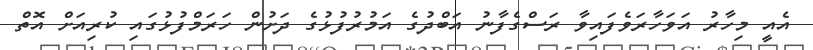
އެއީ މިހާރު އަވަހާރަވެފައިވާ ރަސްގެފާނު އަބްދުގެ އަމުރުފުޅުގެ ދަށުން ހަރަމްފުޅުގައި ކުރިއަށް އޮތް